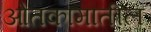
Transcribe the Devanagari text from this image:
ओतकामातील